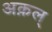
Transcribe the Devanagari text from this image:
अक़ल्‌